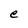
Character: e